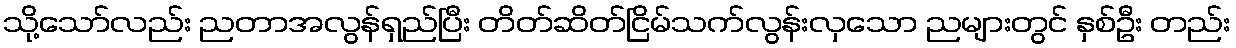
သို့သော်လည်း ညတာအလွန်ရှည်ပြီး တိတ်ဆိတ်ငြိမ်သက်လွန်းလှသော ညများတွင် နှစ်ဦး တည်း